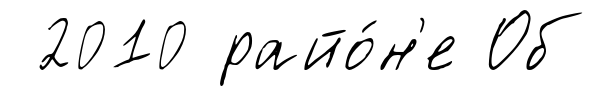
2010 райо́н'е Об